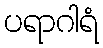
ပရာဂါရံ